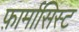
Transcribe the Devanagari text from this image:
फ़ार्मासिस्ट